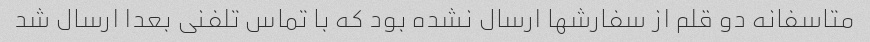
متاسفانه دو قلم از سفارشها ارسال نشده بود که با تماس تلفنی بعدا ارسال شد